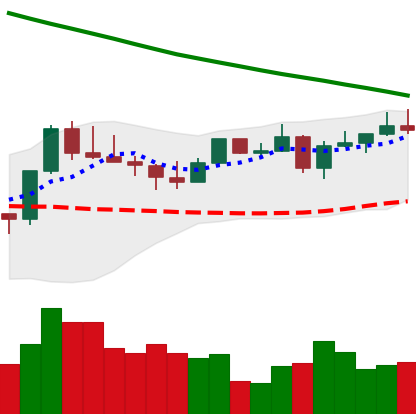
Ticker: LTC-USD
Chart end date: 2022-08-14
Forward return: -14.654%
Label: down_7plus